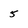
Character: 5